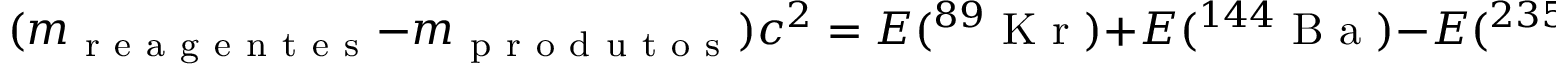
( m _ { \mathrm { ~ r ~ e ~ a ~ g ~ e ~ n ~ t ~ e ~ s ~ } } - m _ { \mathrm { ~ p ~ r ~ o ~ d ~ u ~ t ~ o ~ s ~ } } ) c ^ { 2 } = E ( ^ { 8 9 } \mathrm { ~ K ~ r ~ } ) + E ( ^ { 1 4 4 } \mathrm { ~ B ~ a ~ } ) - E ( ^ { 2 3 5 } \mathrm { ~ U ~ } ) > 0 .